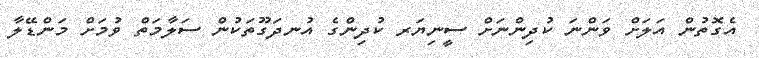
އެގޮތުން އަލަށް ވަންނަ ކުދިންނަށް ސީނިޔަރ ކުދިންގެ އުނދަގޫތަކުން ސަލާމަތް ވުމަށް މަންޑޭލާ